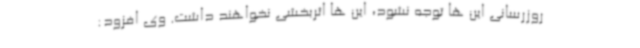
روزرسانی این ها توجه نشود، این ها اثربخشی نخواهند داشت. وی افزود: